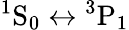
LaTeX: ^1\mathrm{S}_{0}\leftrightarrow{^3}\mathrm{P}_{1}